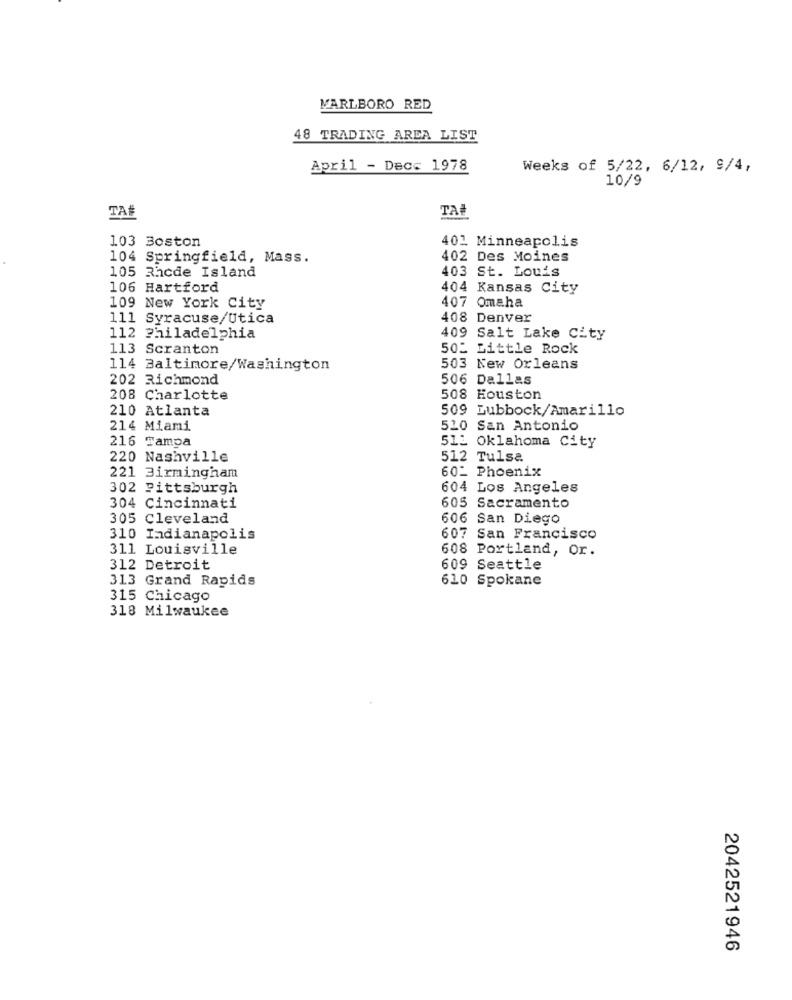
MARLBORO RED
48 TRADING AREA LIST
April - Decs 1978
Weeks of 5/22, 6/12, 9/4,
10/9
TA#
TA#
103 Boston
401 Minneapolis
104 Springfield, Mass.
402 Des Moines
105 3hcde Island
403 St. Louis
106 Hartford
404 Kansas City
109 New York City
407 Omaha
111 Syracuse/Utica
408 Denver
112 Philadelphia
409 Salt Lake City
113 Scranton
50_ Little Rock
114 Baltimore/Washington
503 New Orleans
202 Richmond
506 Dallas
208 Charlotte
508 Houston
210 Atlanta
509 Lubbock/Amarillo
214 Miami
520 San Antonio
216 Tampa
512 Oklahoma City
220 Nashville
512 Tulsa
60_ Phoenix
221 Birmingham
302 Pittsburgh
604 Los Angeles
605 Sacramento
304 Cincinnati
305 Cleveland
606 San Diego
310 Indianapolis
607 San Francisco
311 Louisville
608 Portland, Or.
312 Detroit
609 Seattle
313 Grand Rapids
610 Spokane
315 Chicago
318 Milwaukee
2042521946